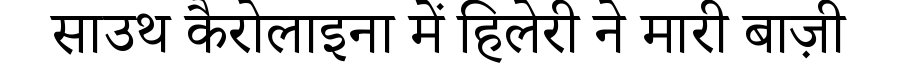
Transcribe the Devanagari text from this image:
साउथ कैरोलाइना में हिलेरी ने मारी बाज़ी